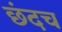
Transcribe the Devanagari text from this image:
छंदच